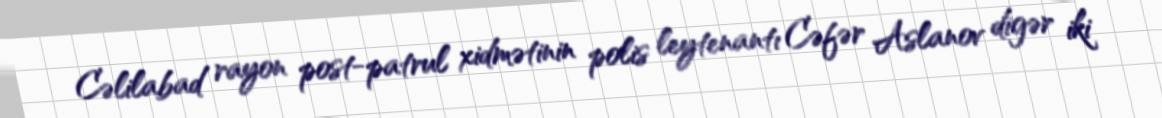
Cəlilabad rayon post-patrul xidmətinin polis leytenantı Cəfər Aslanov digər iki